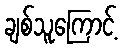
ချစ်သူကြောင့်